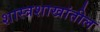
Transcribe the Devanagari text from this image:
शास्त्रशाखांतील